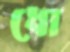
ধো